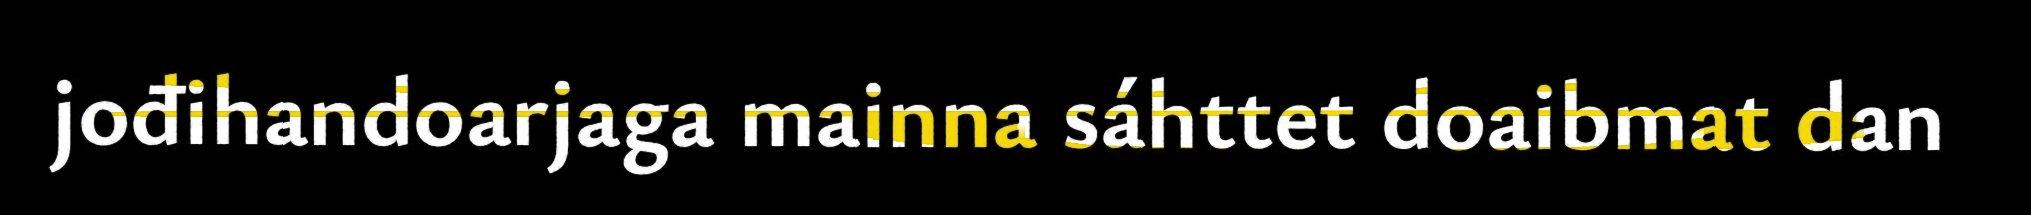
jođihandoarjaga mainna sáhttet doaibmat dan